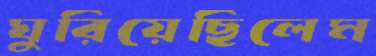
ঘুরিয়েছিলেম